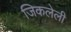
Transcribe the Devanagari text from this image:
जिकलेली